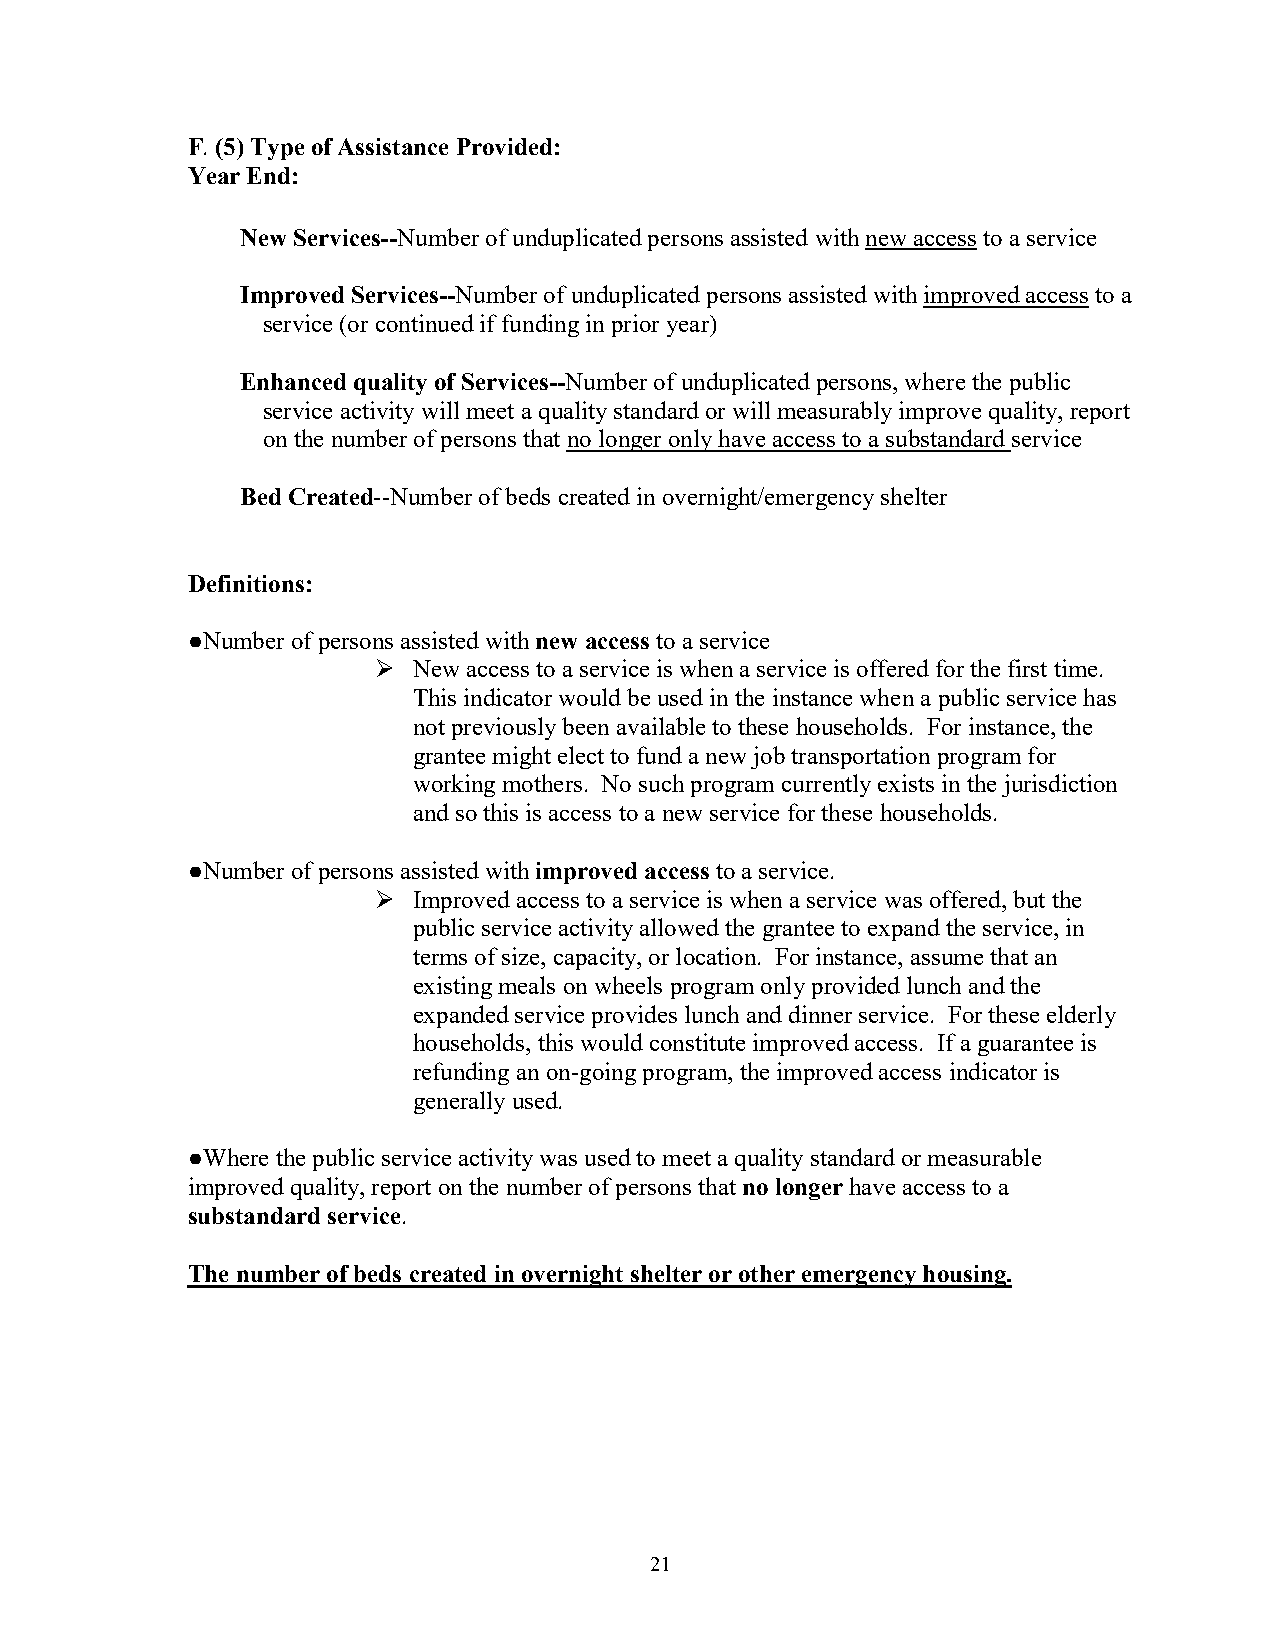
F. (5) Type of Assistance Provided:
 Year End:
 New Services--Number of unduplicated persons assisted with new access to a service
 Improved Services--Number of unduplicated persons assisted with improved access to a
 service (or continued if funding in prior year)
 Enhanced quality of Services--Number of unduplicated persons, where the public
 service activity will meet a quality standard or will measurably improve quality, report
 on the number of persons that no longer only have access to a substandard service
 Bed Created--Number of beds created in overnight/emergency shelter
 Definitions:
 ●Number of persons assisted with new access to a service
  New access to a service is when a service is offered for the first time.
 This indicator would be used in the instance when a public service has
 not previously been available to these households. For instance, the
 grantee might elect to fund a new job transportation program for
 working mothers. No such program currently exists in the jurisdiction
 and so this is access to a new service for these households.
 ●Number of persons assisted with improved access to a service.
  Improved access to a service is when a service was offered, but the
 public service activity allowed the grantee to expand the service, in
 terms of size, capacity, or location. For instance, assume that an
 existing meals on wheels program only provided lunch and the
 expanded service provides lunch and dinner service. For these elderly
 households, this would constitute improved access. If a guarantee is
 refunding an on-going program, the improved access indicator is
 generally used.
 ●Where the public service activity was used to meet a quality standard or measurable
 improved quality, report on the number of persons that no longer have access to a
 substandard service.
 The number of beds created in overnight shelter or other emergency housing.
 21